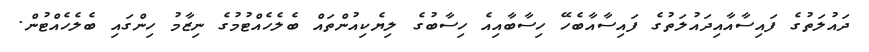
ދައުލަތުގެ ފައިސާއާއިދައުލަތުގެ ފައިސާއާބެހޭ ހިސާބާއިއެ ހިސާބުގެ ލިޔެކިއުންތައް ބެލެހެއްޓުމުގެ ނިޒާމު ހިންގައި ބެލެހެއްޓުން.